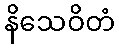
နိသေဝိတံ